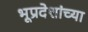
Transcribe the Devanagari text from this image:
भूप्रदेशांच्या